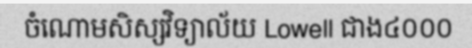
ចំណោមសិស្សវិទ្យាល័យ Lowell ជាង៤០០០